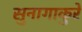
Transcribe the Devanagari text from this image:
सुनागाकुरे